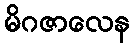
မိဂဇာလေန